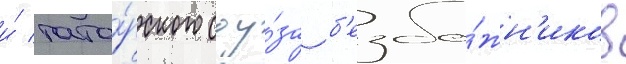
и́ тата́рского соу́за б'езбо́жн'иков